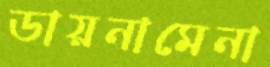
ডায়নামেনা